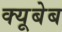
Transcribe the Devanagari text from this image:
क्यूबेब